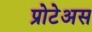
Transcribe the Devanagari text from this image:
प्रोटेअस